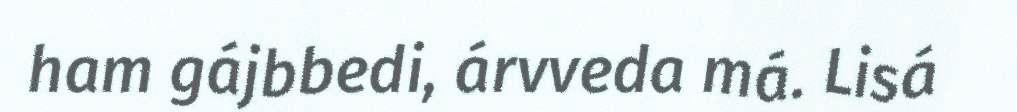
ham gájbbedi, árvveda má. Lisá